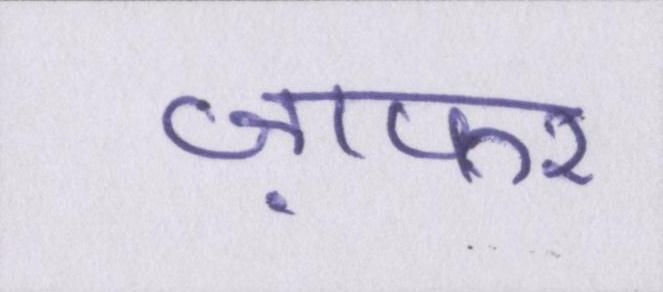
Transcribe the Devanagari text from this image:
ज़फर